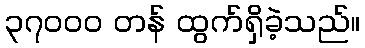
၃၇၀၀၀ တန် ထွက်ရှိခဲ့သည်။